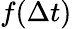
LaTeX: f(\Delta t)